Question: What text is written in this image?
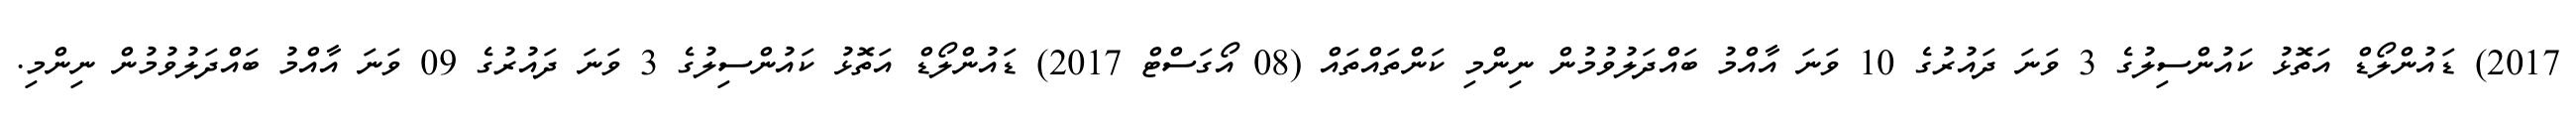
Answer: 2017) ޑައުންލޯޑް އަތޮޅު ކައުންސިލުގެ 3 ވަނަ ދައުރުގެ 10 ވަނަ އާއްމު ބައްދަލުވުމުން ނިންމި ކަންތައްތައް (08 އޯގަސްޓް 2017) ޑައުންލޯޑް އަތޮޅު ކައުންސިލުގެ 3 ވަނަ ދައުރުގެ 09 ވަނަ އާއްމު ބައްދަލުވުމުން ނިންމި.